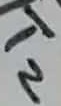
Text: T2